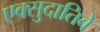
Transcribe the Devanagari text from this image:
एक्सुदातिवे